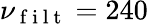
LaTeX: \nu_{\mathrm{~f~i~l~t~}}=240